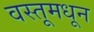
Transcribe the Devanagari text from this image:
वस्तूमधून